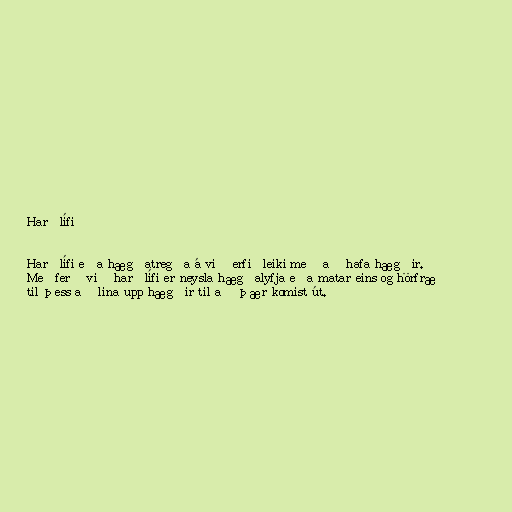
Harðlífi

Harðlífi eða hægðatregða á við erfiðleiki með að hafa hægðir.
Meðferð við harðlífi er neysla hægðalyfja eða matar eins og hörfræ
til þess að lina upp hægðir til að þær komist út.